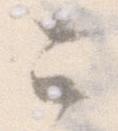
ニ